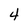
Character: 4